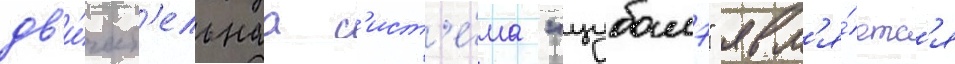
дв'и́гат'ельнаа с'ист'е́ма "цубамэ" явл'я́етс'я